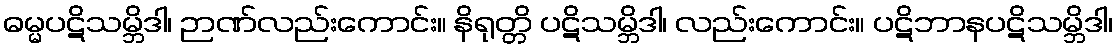
ဓမ္မပဋိသမ္ဘိဒါ၊ ဉာဏ်လည်းကောင်း။ နိရုတ္တိ ပဋိသမ္ဘိဒါ၊ လည်းကောင်း။ ပဋိဘာနပဋိသမ္ဘိဒါ၊